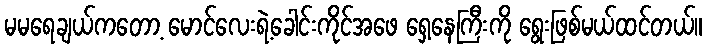
မမရေချယ်ကတော့ မောင်လေးရဲ့ခေါင်းကိုင်အဖေ ရှေ့နေကြီးကို ရွေးဖြစ်မယ်ထင်တယ်။